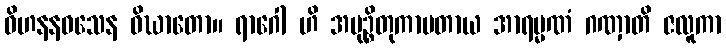
ဝိဟနနဝသေန ဝိဃာတော။ ရာဂေါ ဟိ အမုဉ္စိတုကာမတာယ အာရမ္မဏံ ဂဏှာတိ ဇလူကာ